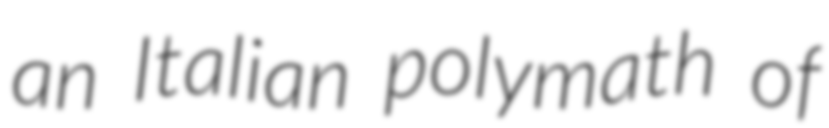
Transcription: an Italian polymath of